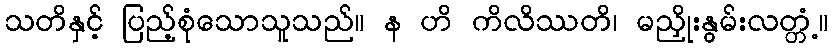
သတိနှင့် ပြည့်စုံသောသူသည်။ န ဟိ ကိလိဿတိ၊ မညှိုးနွမ်းလတ္တံ့။